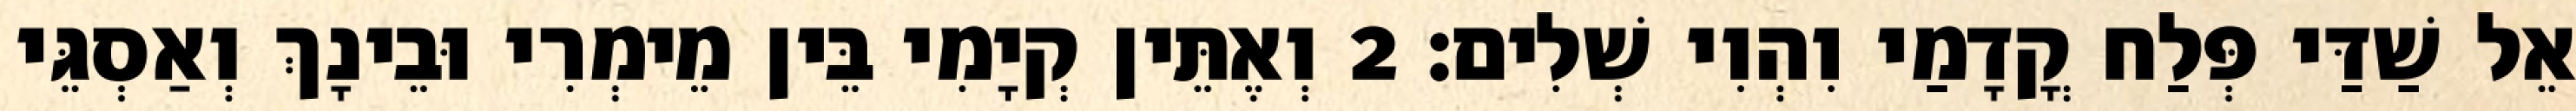
אֵל שַׁדַּי פְּלַח קֳדָמַי וִהְוִי שְׁלִים׃ 2 וְאֶתֵּין קְיָמִי בֵּין מֵימְרִי וּבֵינָךְ וְאַסְגֵּי